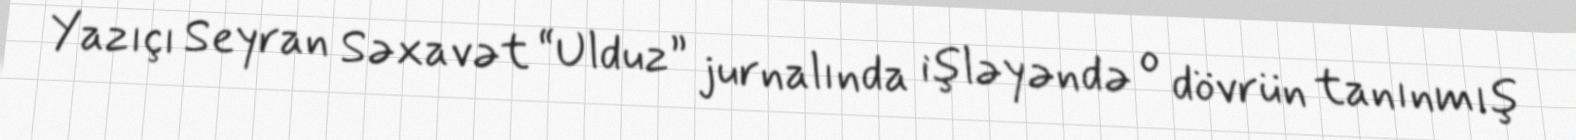
Yazıçı Seyran Səxavət “Ulduz” jurnalında işləyəndə o dövrün tanınmış